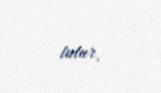
tutur.